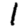
Digit: 1